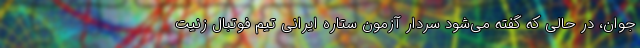
جوان، در حالی که گفته می‌شود سردار آزمون ستاره ایرانی تیم فوتبال زنیت